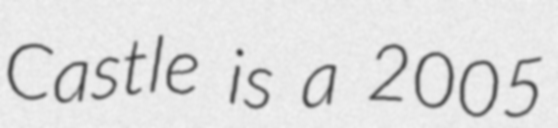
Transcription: Castle is a 2005